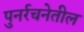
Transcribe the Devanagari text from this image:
पुनर्रचनेतील